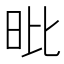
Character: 𣅪